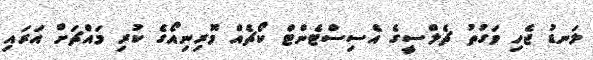
ލަނޑު ޖެހި ވަގުތު ޗެލްސީގެ އެސިސްޓެންޓް ކޯޗެއް މޮރިނިއޯގެ ކުރި މައްޗަށް އަރައި